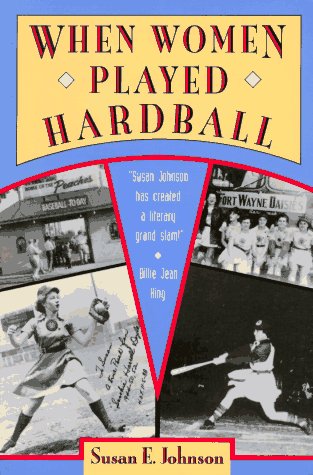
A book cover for When Women Played Hardball; Johnson; Sports & Outdoors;